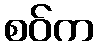
စဝ်က